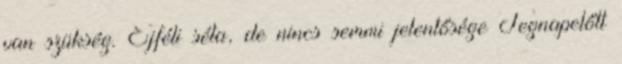
van szükség. Éjféli séta, de nincs semmi jelentősége Tegnapelőtt